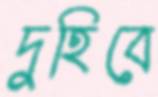
দুহিবে